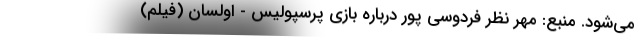
می‌شود. منبع: مهر نظر فردوسی پور درباره بازی پرسپولیس - اولسان (فیلم)